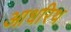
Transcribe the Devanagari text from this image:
आधरिथ